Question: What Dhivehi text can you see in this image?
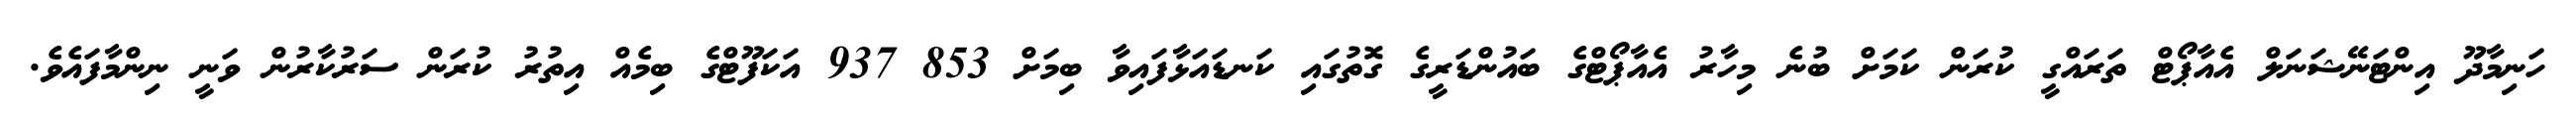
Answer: ހަނިމާދޫ އިންޓަނޭޝަނަލް އެއާޕޯޓް ތަރައްގީ ކުރަން ކަމަށް ބުނެ މިހާރު އެއާޕޯޓްގެ ބައުންޑަރީގެ ގޮތުގައި ކަނޑައަޅާފައިވާ ބިމަށް 853 937 އަކަފޫޓްގެ ބިމެއް އިތުރު ކުރަން ސަރުކާރުން ވަނީ ނިންމާފައެވެ.